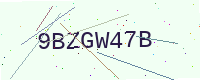
Text: 9BZGW47B